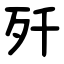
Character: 歼